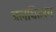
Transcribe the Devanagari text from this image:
जलधितरंग